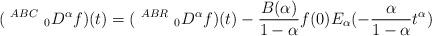
LaTeX: \begin{align*} (~^{ABC}~_{0}D^\alpha f)(t)=(~^{ABR}~_{0}D^\alpha f)(t)-\frac{B(\alpha)}{1-\alpha} f(0)E_\alpha (-\frac{\alpha}{1-\alpha}t^\alpha)\end{align*}